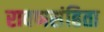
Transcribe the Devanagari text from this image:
रावणसंहिता